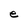
Character: e